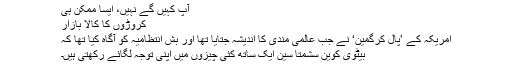
آپ کہیں گے نہیں، ایسا ممکن ہی
کروڑوں کا کالا بازار
امریکہ کے ’پال کرگمین‘ نے جب عالمی مندی کا اندیشہ جتایا تھا اور بش انتظامیہ کو آگاہ کیا تھا کہ
بیٹوی کوین سشمتا سین ایک ساتھ کئی چیزوں میں اپنی توجہ لگائے رکھتی ہیں۔